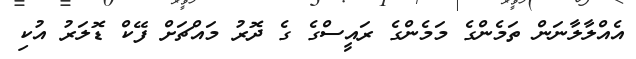
އެއްލާލާނަން ތަމެންގެ މަމެންގެ ރައީސްގެ ގެ ދޮރު މައްޗަށް ފޭކް ޑޮލަރު އުކި